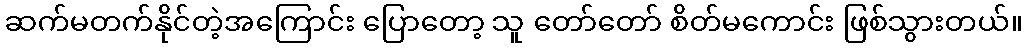
ဆက်မတက်နိုင်တဲ့အကြောင်း ပြောတော့ သူ တော်တော် စိတ်မကောင်း ဖြစ်သွားတယ်။